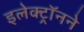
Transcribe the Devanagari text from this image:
इलेक्ट्रॉनने